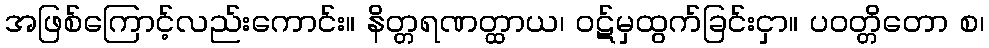
အဖြစ်ကြောင့်လည်းကောင်း။ နိတ္တရဏတ္ထာယ၊ ဝဋ်မှထွက်ခြင်းငှာ။ ပဝတ္တိတော စ၊